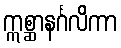
ဣစ္ဆာနင်္ဂလိကာ